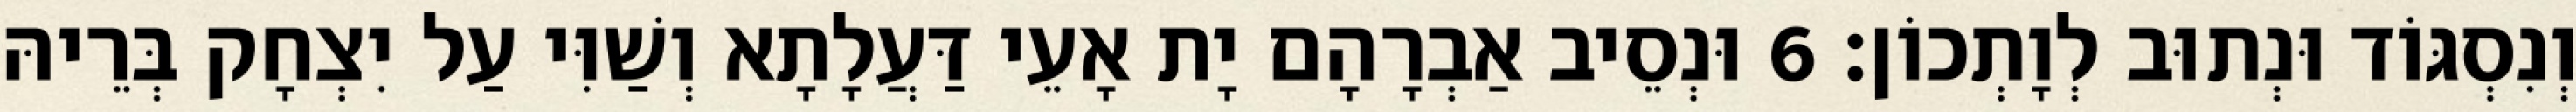
וְנִסְגּוֹד וּנְתוּב לְוָתְכוֹן׃ 6 וּנְסֵיב אַבְרָהָם יָת אָעֵי דַּעֲלָתָא וְשַׁוִּי עַל יִצְחָק בְּרֵיהּ